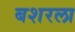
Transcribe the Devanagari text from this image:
बशरला